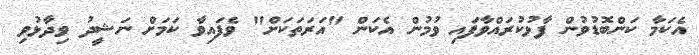
އެކަމާ ކަންބޮޑުވުން ފާޅުކުރައްވާފައި ވުމުން އެކަން "އަރަތަކަށް" ވެފައިވާ ކަމަށް ނަޝީދު ވިދާޅުވި